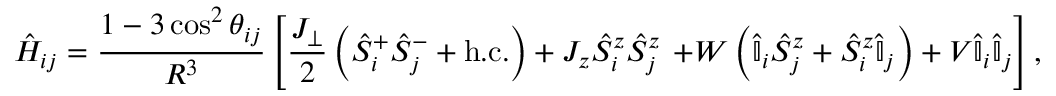
\hat { H } _ { i j } = \frac { 1 - 3 \cos ^ { 2 } \theta _ { i j } } { R ^ { 3 } } \left[ \frac { J _ { \perp } } { 2 } \left( \hat { S } _ { i } ^ { + } \hat { S } _ { j } ^ { - } + \mathrm { h . c . } \right) + J _ { z } \hat { S } _ { i } ^ { z } \hat { S } _ { j } ^ { z } \right. \left. + W \left( \hat { \mathbb { I } } _ { i } \hat { S } _ { j } ^ { z } + \hat { S } _ { i } ^ { z } \hat { \mathbb { I } } _ { j } \right) + V \hat { \mathbb { I } } _ { i } \hat { \mathbb { I } } _ { j } \vphantom { \frac { J _ { \perp } } { 2 } } \right] ,